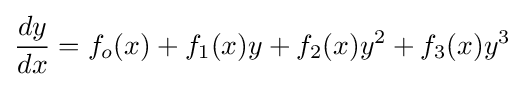
{\frac {dy}{dx}}=f_{o}(x)+f_{1}(x)y+f_{2}(x)y^{2}+f_{3}(x)y^{3}